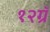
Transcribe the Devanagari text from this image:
१२ग्रॅ